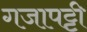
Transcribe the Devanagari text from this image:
गजापट्टी